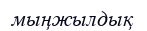
мыңжылдық